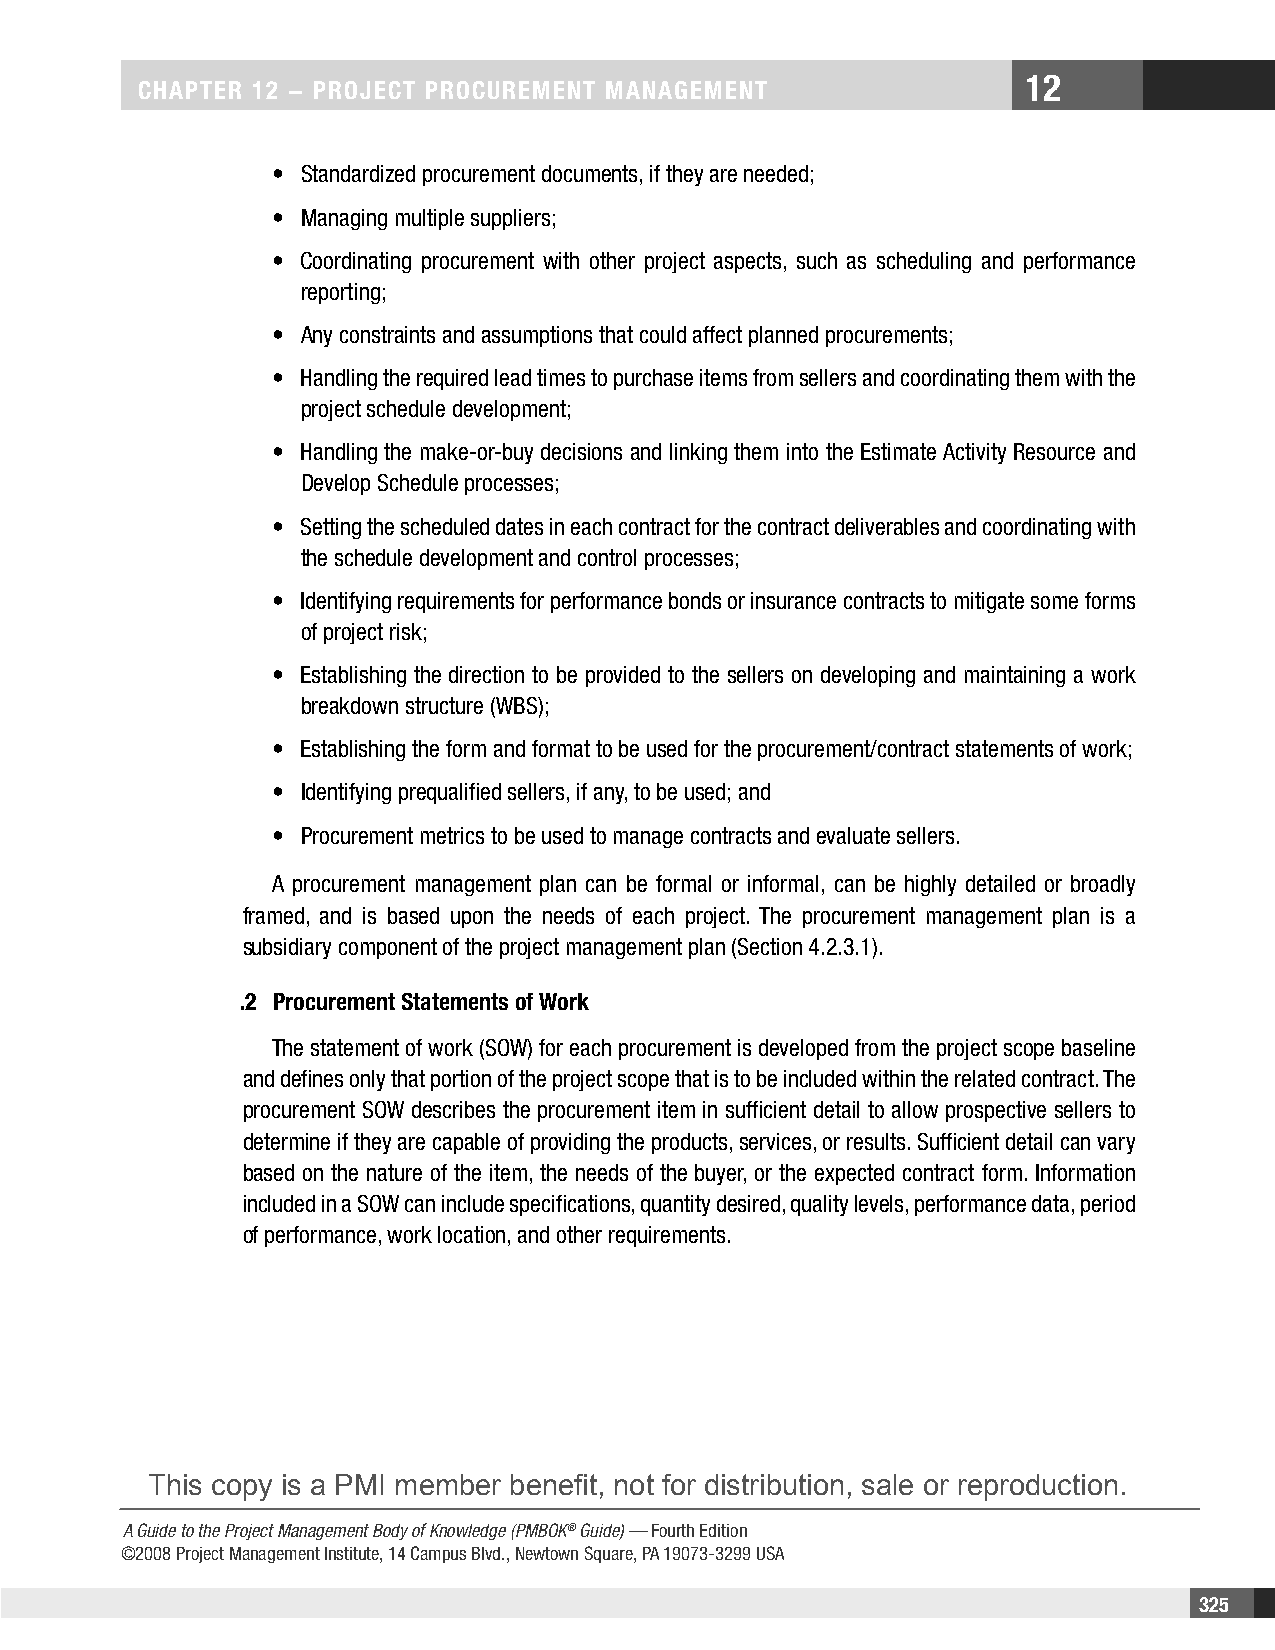
12
 CHAPTER 12 − PROjECT PROCuREMEnT MAnAgEMEnT
 • Standardized procurement documents, if they are needed;
 • Managing multiple suppliers;
 • Coordinating procurement with other project aspects, such as scheduling and performance
 reporting;
 • Any constraints and assumptions that could affect planned procurements;
 • Handling the required lead times to purchase items from sellers and coordinating them with the
 project schedule development;
 • Handling the make-or-buy decisions and linking them into the Estimate Activity Resource and
 Develop Schedule processes;
 • Setting the scheduled dates in each contract for the contract deliverables and coordinating with
 the schedule development and control processes;
 • Identifying requirements for performance bonds or insurance contracts to mitigate some forms
 of project risk;
 • Establishing the direction to be provided to the sellers on developing and maintaining a work
 breakdown structure (WBS);
 • Establishing the form and format to be used for the procurement/contract statements of work;
 • Identifying prequalified sellers, if any, to be used; and
 • Procurement metrics to be used to manage contracts and evaluate sellers.
 A procurement management plan can be formal or informal, can be highly detailed or broadly
 framed, and is based upon the needs of each project. The procurement management plan is a
 subsidiary component of the project management plan (Section 4.2.3.1).
 .2 Procurement Statements of Work
 The statement of work (SOW) for each procurement is developed from the project scope baseline
 and defines only that portion of the project scope that is to be included within the related contract. The
 procurement SOW describes the procurement item in sufficient detail to allow prospective sellers to
 determine if they are capable of providing the products, services, or results. Sufficient detail can vary
 based on the nature of the item, the needs of the buyer, or the expected contract form. Information
 included in a SOW can include specifications, quantity desired, quality levels, performance data, period
 of performance, work location, and other requirements.
 This copy is a PMI member benefit, not for distribution, sale or reproduction.
 A Guide to the Project Management Body of Knowledge (PMBOK® Guide) — Fourth Edition
 ©2008 Project Management Institute, 14 Campus Blvd., Newtown Square, PA 19073-3299 USA
 325